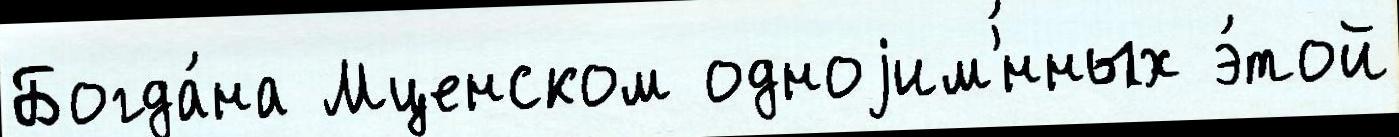
Богда́на Мценском одноjим'́нных э́той